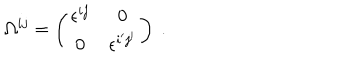
LaTeX: \Omega ^ { i j } = \left( \begin{matrix} { { \epsilon ^ { i j } } } & { { 0 } } \\ { { 0 } } & { { \epsilon ^ { i ^ { \prime } j ^ { \prime } } } } \\ \end{matrix} \right) \ .